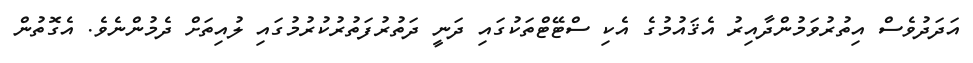
އަދަދުވެސް އިތުރުވަމުންދާއިރު އެޤައުމުގެ އެކި ސްޓޭޓްތަކުގައި ދަނީ ދަތުރުފަތުރުކުރުމުގައި ލުއިތަށް ދެމުންނެވެ. އެގޮތުން